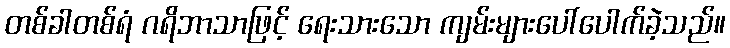
တစ်ခါတစ်ရံ ဂရိဘာသာဖြင့် ရေးသားသော ကျမ်းများပေါ်ပေါက်ခဲ့သည်။